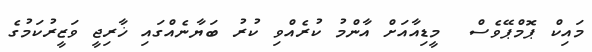
މައިކް ޕޮމްޕޭވެސް  މީޑިއާއަށް އާންމު ކުރެއްވި ކުރު ބަޔާނެއްގައި ޚާރިޖީ ވަޒީރުކަމުގެ